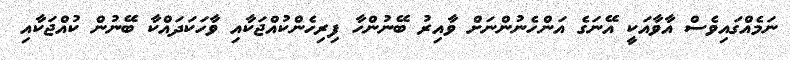
ނަމެއްގައިވެސް އާވާއަކީ އޭނަގެ އަންހެނުންނަށް ވާއިރު ބޭނުންހާ ފިރިހެންކުއްޖަކާއި ވާހަކަދައްކާ ބޭނުން ކުއްޖަކާއި